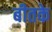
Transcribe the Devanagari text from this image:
बीतके